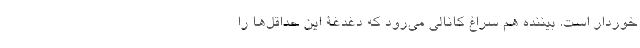
خوردار است. بیننده هم سراغ کانالی می‌رود که دغدغۀ این حداقل‌ها را